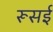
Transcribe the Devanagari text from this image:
रूसई